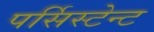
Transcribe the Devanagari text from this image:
पर्सिस्टेन्ट